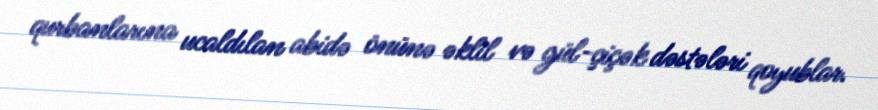
qurbanlarına ucaldılan abidə önünə əklil və gül-çiçək dəstələri qoyublar.